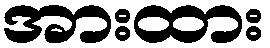
အားထား